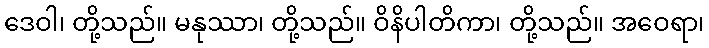
ဒေဝါ၊ တို့သည်။ မနုဿာ၊ တို့သည်။ ဝိနိပါတိကာ၊ တို့သည်။ အဝေရာ၊